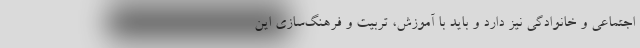
اجتماعی و خانوادگی نیز دارد و باید با آموزش، تربیت و فرهنگ‌سازی این